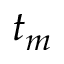
t _ { m }